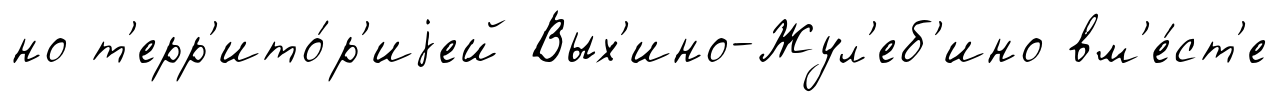
но т'ерр'ито́р'иjей Вых'ино-Жул'еб'ино вм'е́ст'е